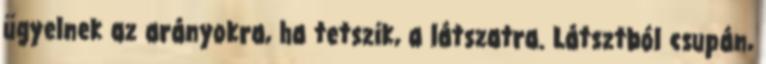
ügyelnek az arányokra, ha tetszik, a látszatra. Látsztból csupán,